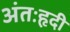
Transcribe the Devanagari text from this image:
अंतःहृदी